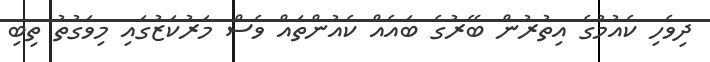
ދިވެހި ކެއުމުގެ އިތުރުން ބޭރުގެ ބައެއް ކެއުންތައް ވެސް މަރުކަޒުގައި މިވަގުތު ތިބި